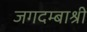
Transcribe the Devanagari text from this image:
जगदम्बाश्री